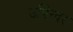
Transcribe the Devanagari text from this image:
उपिन्दर